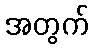
အတွက်